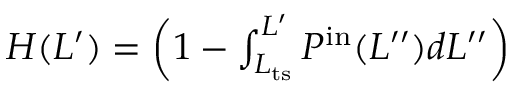
\begin{array} { r } { H ( L ^ { \prime } ) = \left( 1 - \int _ { L _ { \mathrm { t s } } } ^ { L ^ { \prime } } P ^ { \mathrm { i n } } ( L ^ { \prime \prime } ) d L ^ { \prime \prime } \right) } \end{array}